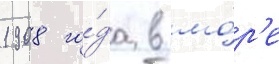
1908 го́да в мо́р'е